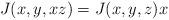
LaTeX: \begin{align*}J(x,y,xz)=J(x,y,z)x\end{align*}